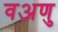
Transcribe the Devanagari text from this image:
वअणु